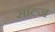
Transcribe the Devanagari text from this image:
साल्ज